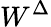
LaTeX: W^{\Delta}